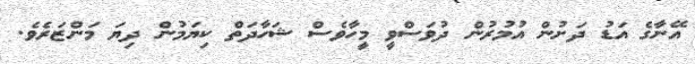
އޭނާގެ އަޑު ދަށުން އުމުރުން ދުވަސްވީ މީހާވެސް ޝަހާދަތް ކިޔަމުން ދިޔަ މަންޒަރެވެ.